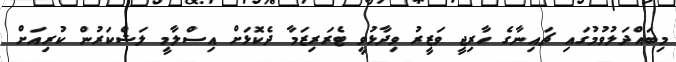
މިބައްދަލުވުމުގައި ޗައިނާގެ ހާރިޖީ ވަޒީރު ވިދާޅުވީ ޓެރަރިޒަމާ ދެކޮޅަށް އިސްލާމީ ލަޝްކަރުން ކުރިއަށް